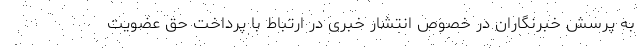
به پرسش خبرنگاران در خصوص انتشار خبری در ارتباط با پرداخت حق عضویت